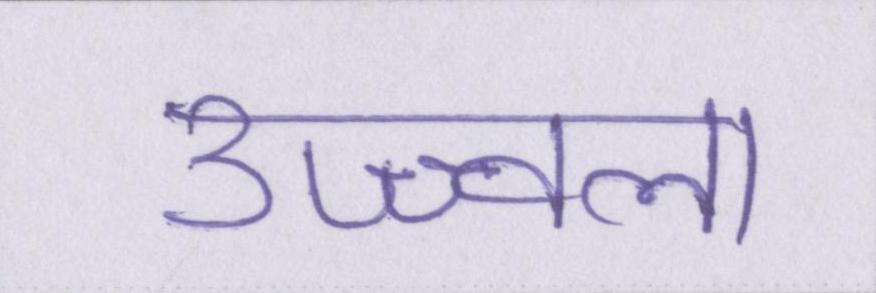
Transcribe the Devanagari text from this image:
उज्ज्वला